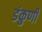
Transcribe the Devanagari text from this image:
डंकुणी